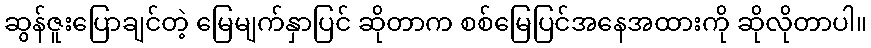
ဆွန်ဇူးပြောချင်တဲ့ မြေမျက်နှာပြင် ဆိုတာက စစ်မြေပြင်အနေအထားကို ဆိုလိုတာပါ။